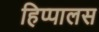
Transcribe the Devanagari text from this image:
हिप्पालस